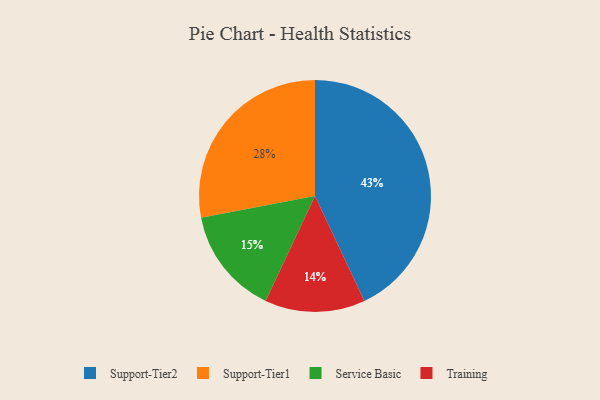
{"axis": {"x": "Category", "y": "Percentage"}, "legend": ["Service Basic", "Support-Tier1", "Support-Tier2", "Training"], "data": [{"x": "Support-Tier2", "y": 43, "type": "Support-Tier2"}, {"x": "Training", "y": 14, "type": "Training"}, {"x": "Service Basic", "y": 15, "type": "Service Basic"}, {"x": "Support-Tier1", "y": 28, "type": "Support-Tier1"}]}